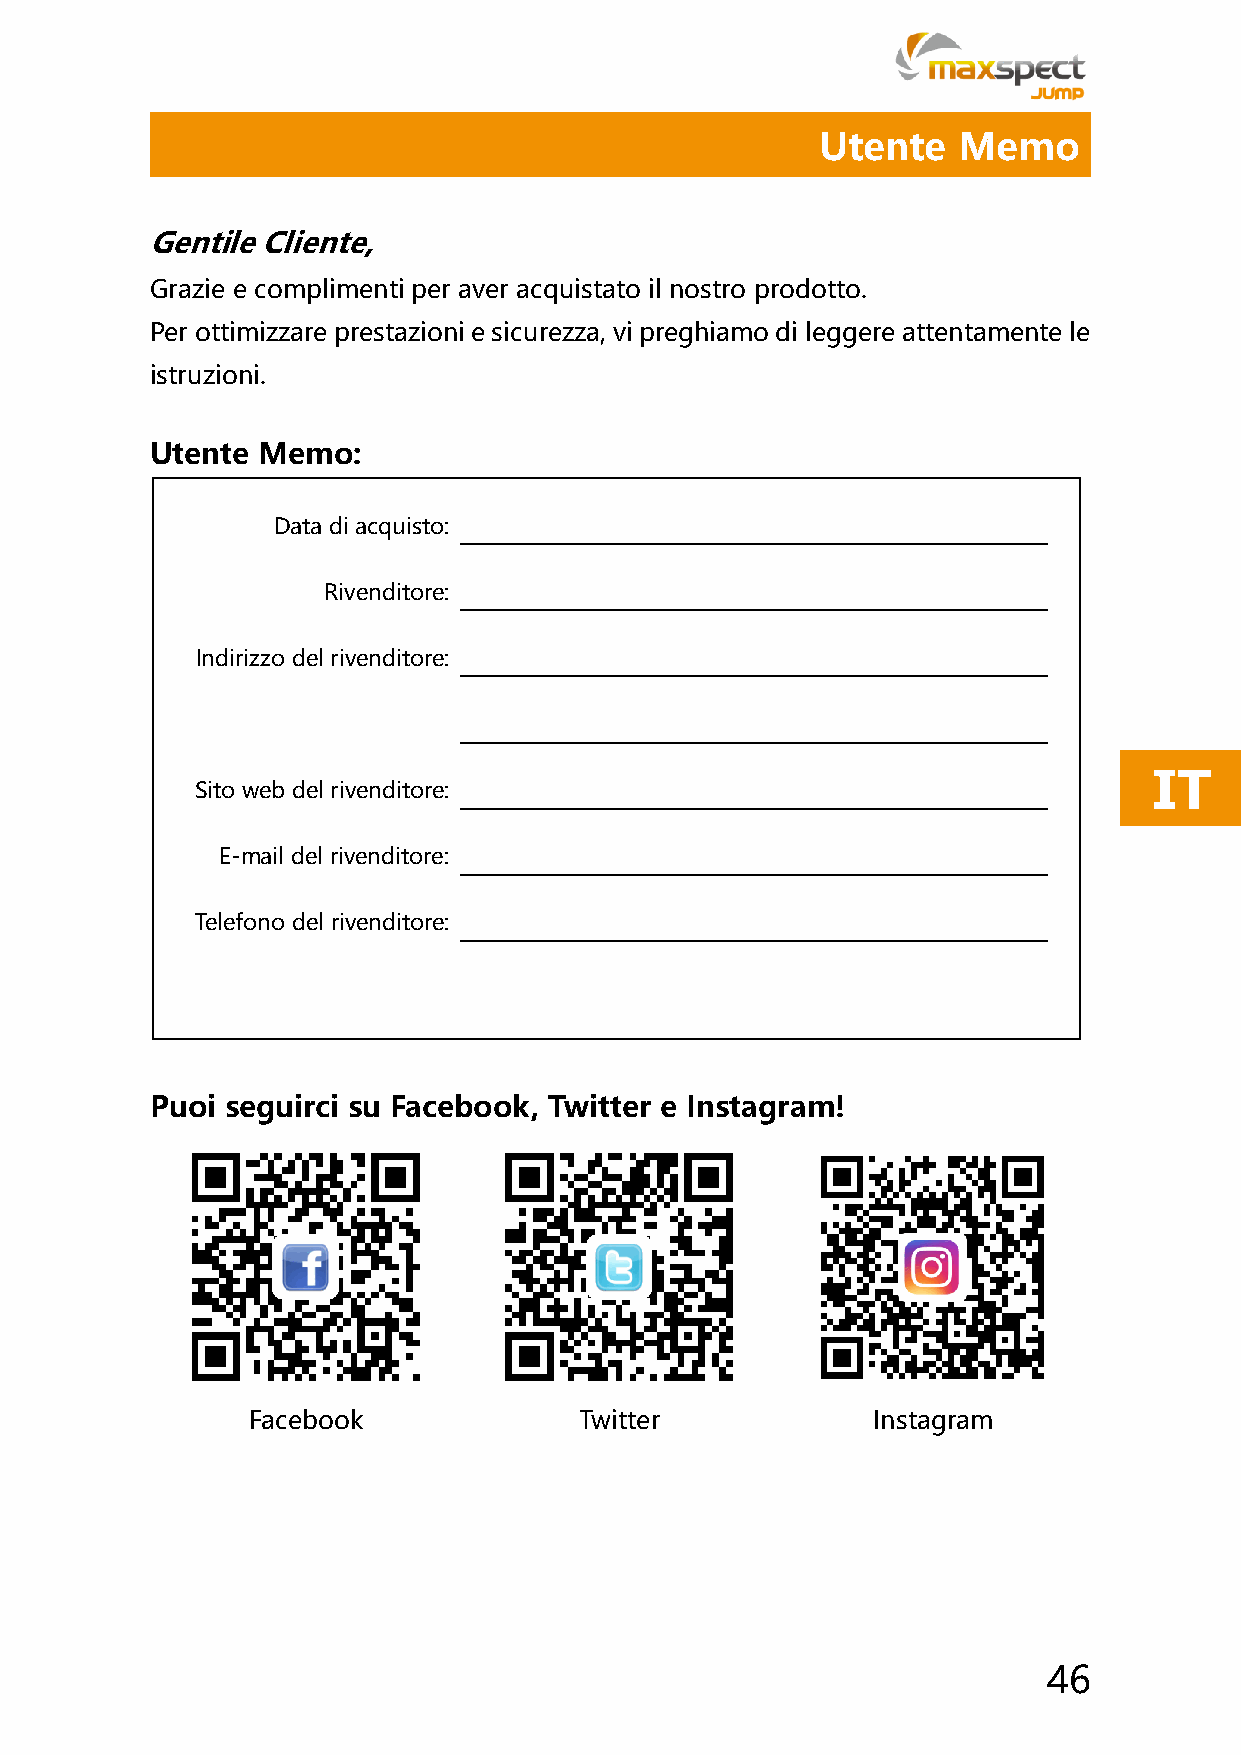
Utente   Memo
 Gentile Cliente,
 Grazie e complimenti per aver acquistato il nostro prodotto.
 Per ottimizzare prestazioni e sicurezza, vi preghiamo di leggere attentamente le
 istruzioni.
 Utente Memo:
 Data di acquisto:
 Rivenditore:
 Indirizzo del rivenditore:
 IT
 Sito web del rivenditore:
 E-mail del rivenditore:
 Telefono del rivenditore:
 Puoi seguirci su Facebook, Twitter e Instagram!
 Facebook              Twitter             Instagram
 46